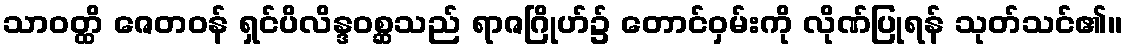
သာဝတ္ထိ ဇေတဝန် ရှင်ပိလိန္ဒဝစ္ဆသည် ရာဇဂြိုဟ်၌ တောင်ဝှမ်းကို လိုဏ်ပြုရန် သုတ်သင်၏။